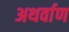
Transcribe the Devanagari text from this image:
अथर्वाण